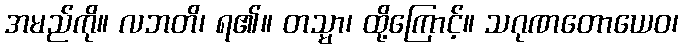
အမည်ကို။ လဘတိ၊ ရ၏။ တသ္မာ၊ ထို့ကြောင့်။ သဂုဏတောယေဝ၊